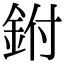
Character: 鉜